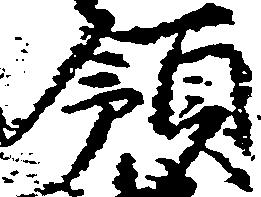
領